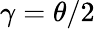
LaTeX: \gamma=\theta/2